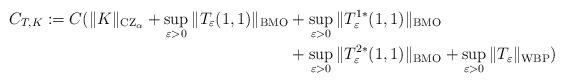
LaTeX: \begin{align*}C_{T,K} := C(\|K\|_{\operatorname{CZ}_{\alpha}}+ \sup_{\varepsilon>0}\|T_{\varepsilon}(1,1)\|_{\operatorname{BMO}} &+ \sup_{\varepsilon>0}\|T^{1*}_{\varepsilon}(1,1)\|_{\operatorname{BMO}} \\&+ \sup_{\varepsilon>0}\|T^{2*}_{\varepsilon}(1,1)\|_{\operatorname{BMO}} + \sup_{\varepsilon>0}\|T_{\varepsilon}\|_{\operatorname{WBP}})\end{align*}